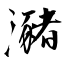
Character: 瀦